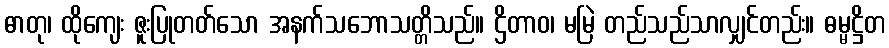
ဓာတု၊ ထိုကျေး ဇူးပြုတတ်သော အနက်သဘောသတ္တိသည်။ ဌိတာဝ၊ မမြဲ တည်သည်သာလျှင်တည်း။ ဓမ္မဋ္ဌိတ